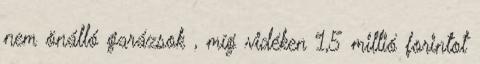
nem önálló garázsok , míg vidéken 1,5 millió forintot